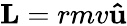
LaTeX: \mathbf{L}=rmv\mathbf{\hat{u}}